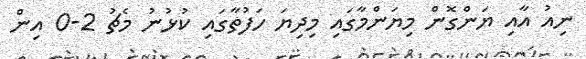
ނިއު އާއި ޔަންގޮން މިޔަންމާގައި މިދިޔަ ހަފުތާގައި ކުޅުނު މެޗު 2-0 އިން